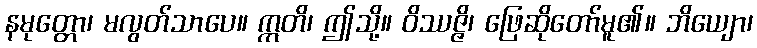
နမုတ္တော၊ မလွတ်သာပေ။ ဣတိ၊ ဤသို့။ ဝိဿဇ္ဇိ၊ ဖြေဆိုတော်မူ၏။ ဘိယျော၊